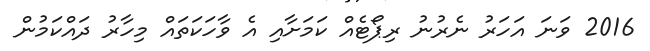
2016 ވަނަ އަހަރު ނެރުނު ރިޕޯޓެއް ކަމަށާއި އެ ވާހަކަތައް މިހާރު ދައްކަމުން